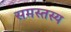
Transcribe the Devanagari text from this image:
समस्तस्य